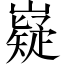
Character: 嶷